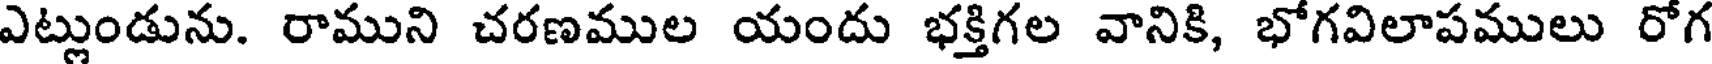
ఎట్లుండును. రాముని చరణముల యందు భక్తిగల వానికి, భోగవిలాపములు రోగ